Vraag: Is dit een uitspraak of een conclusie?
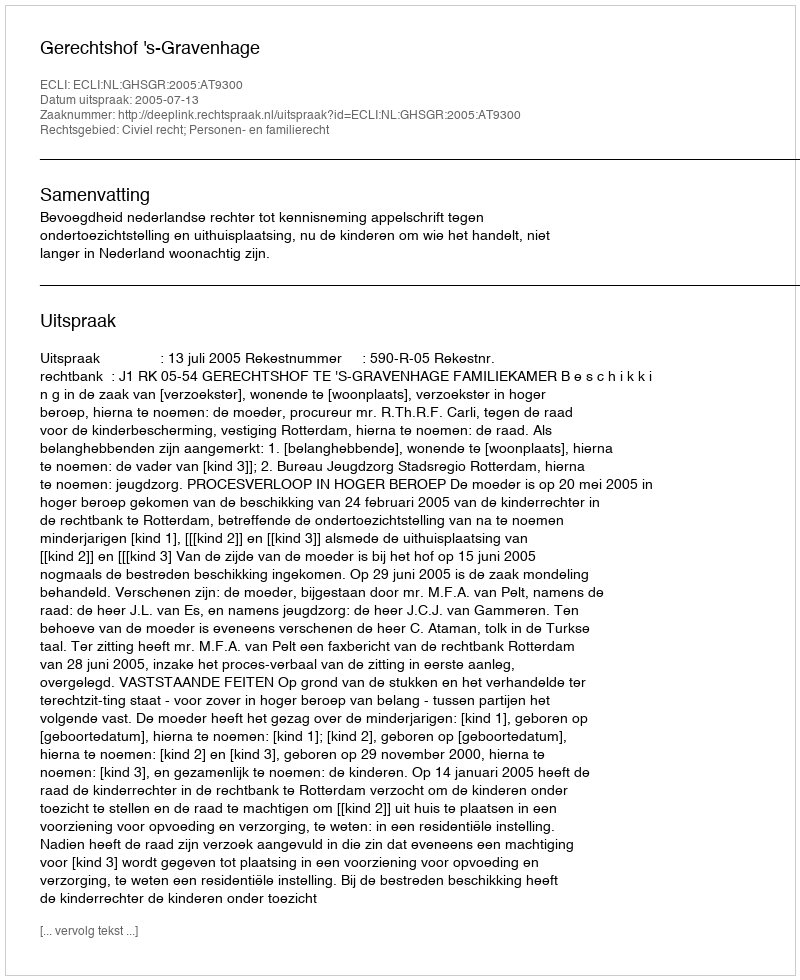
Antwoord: Uitspraak